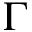
\boldsymbol { \Gamma }